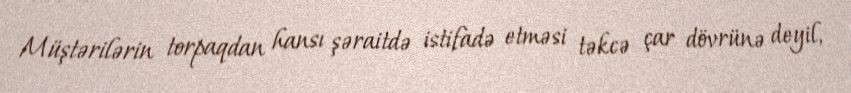
Müştərilərin torpaqdan hansı şəraitdə istifadə etməsi təkcə çar dövrünə deyil,